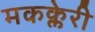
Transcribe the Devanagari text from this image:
मकक्लेरी